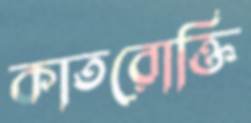
কাতরোক্তি